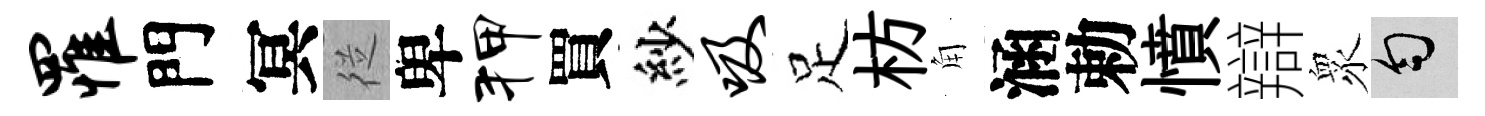
罹門冥従卑狎買紗吸足枋角涵勅憤辯衆匀